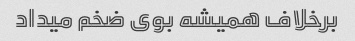
برخلاف همیشه بوی ضخم میداد